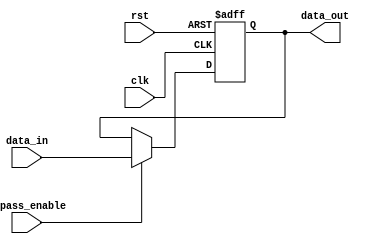
module simple_bypass_register (
    input wire clk,
    input wire rst,
    input wire bypass_enable,
    input wire [31:0] data_in,
    output reg [31:0] data_out
);

reg [31:0] internal_data;

always @ (posedge clk or posedge rst) begin
    if (rst) begin
        internal_data <= 32'b0;
    end else begin
        if (bypass_enable) begin
            internal_data <= data_in;
        end
    end
end

assign data_out = internal_data;

endmodule